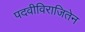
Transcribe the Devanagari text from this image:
पदवीविराजितेन